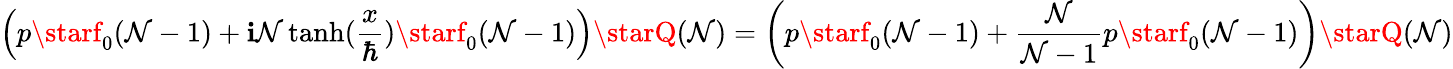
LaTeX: \left(p\starf_{0}(\mathcal{N}-1)+\mathbf{i}\mathcal{N}\operatorname{tanh}({\frac{{x}}{{\hbar}}})\starf_{0}(\mathcal{N}-1)\right)\starQ(\mathcal{N})=\left(p\starf_{0}(\mathcal{N}-1)+{\frac{{\mathcal{N}}}{{\mathcal{N}-1}}}p\starf_{0}(\mathcal{N}-1)\right)\starQ(\mathcal{N})